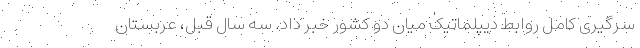
سرگیری کامل روابط دیپلماتیک میان دو کشور خبر داد. سه سال قبل، عربستان